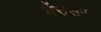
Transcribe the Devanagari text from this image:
भैंरुसर